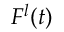
F ^ { l } ( t )